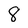
Character: 8